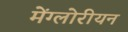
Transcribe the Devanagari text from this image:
मेंग्लोरीयन